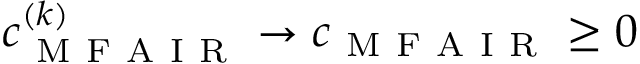
c _ { \mathrm { ~ M ~ F ~ A ~ I ~ R ~ } } ^ { ( k ) } \to c _ { \mathrm { ~ M ~ F ~ A ~ I ~ R ~ } } \geq 0